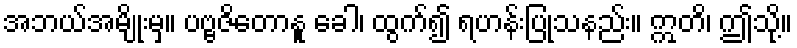
အဘယ်အမျိုးမှ။ ပဗ္ဗဇိတောနူ ခေါ၊ ထွက်၍ ရဟန်းပြုသနည်း။ ဣတိ၊ ဤသို့။